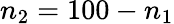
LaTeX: n_{2}=100-n_{1}